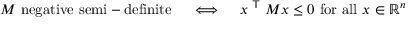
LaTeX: M { \mathrm { ~ n e g a t i v e ~ s e m i - d e f i n i t e } } \quad \iff \quad x ^ { \textsf { T } } M x \leq 0 { \mathrm { ~ f o r ~ a l l ~ } } x \in \mathbb { R } ^ { n }